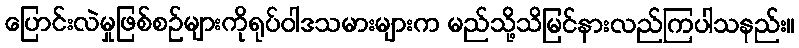
ပြောင်းလဲမှုဖြစ်စဉ်များကိုရုပ်ဝါဒသမားများက မည်သို့သိမြင်နားလည်ကြပါသနည်း။